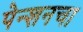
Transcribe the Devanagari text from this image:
पेन्शनचा